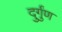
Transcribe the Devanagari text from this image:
दुर्गुंण